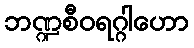
ဘဏ္ဍစီဝရဂ္ဂါဟော